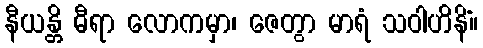
နီယန္တိ ဓီရာ လောကမှာ၊ ဇေတွာ မာရံ သဝါဟိနိံ။